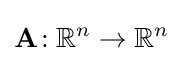
\mathbf {A} \!:\mathbb {R} ^{n}\to \mathbb {R} ^{n}